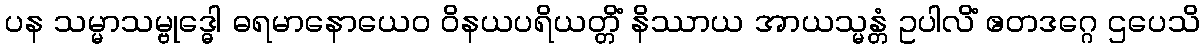
ပန သမ္မာသမ္ဗုဒ္ဓေါ ဓရမာနောယေဝ ဝိနယပရိယတ္တိံ နိဿာယ အာယသ္မန္တံ ဥပါလိံ ဧတဒဂ္ဂေ ဌပေသိ